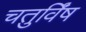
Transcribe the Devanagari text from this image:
चतुर्विंष